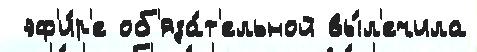
 эф'и́р'е об'яза́т'ельной вы́л'ечила